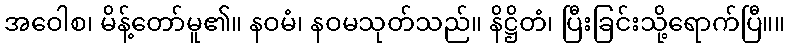
အဝေါစ၊ မိန့်တော်မူ၏။ နဝမံ၊ နဝမသုတ်သည်။ နိဋ္ဌိတံ၊ ပြီးခြင်းသို့ရောက်ပြီ။။